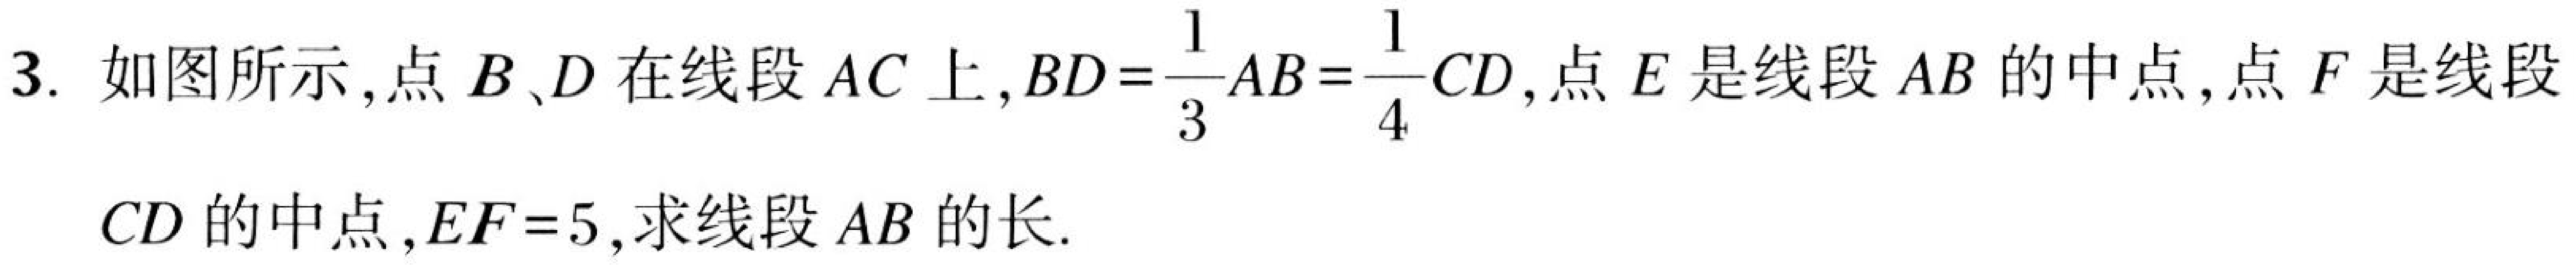
3. 如图所示，点$B、D$在线段$AC$上，$BD = \dfrac{1}{3}AB=\dfrac{1}{4}CD$，点$E$是线段$AB$的中点，点$F$是线段
$CD$的中点，$EF = 5$，求线段$AB$的长.